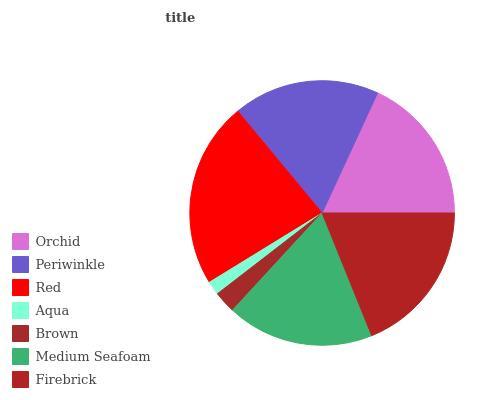
| Orchid | Periwinkle | Red | Aqua | Brown | Medium Seafoam | Firebrick |
 | --- | --- | --- | --- | --- | --- | --- |
 | 18.1% | 17.8% | 22.8% | 1.69% | 2.69% | 18% | 18.9% |